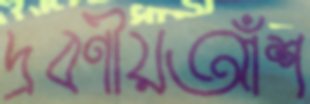
দ্রবণীয়আঁশ